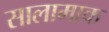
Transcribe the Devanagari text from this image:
सालामाक